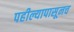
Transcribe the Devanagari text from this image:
पहील्यापासूनच